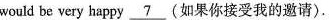
would be very happy \underline{7}(如果你接受我的邀请).